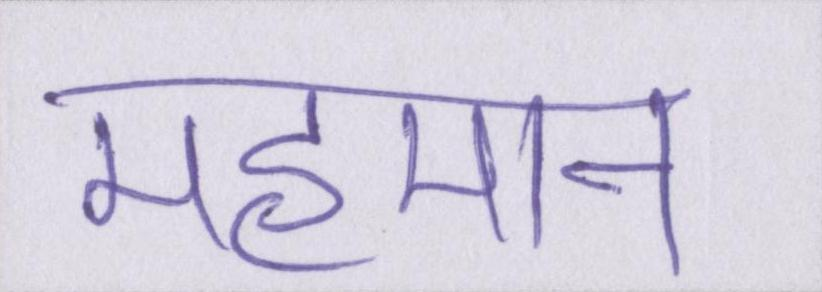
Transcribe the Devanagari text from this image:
महमान